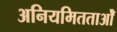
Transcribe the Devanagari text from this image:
अनियमितताओँ